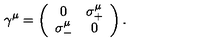
\gamma ^ { \mu } = \left( \begin{array} { c c } { 0 } & { \sigma _ { + } ^ { \mu } } \\ { \sigma _ { - } ^ { \mu } } & { 0 } \\ \end{array} \right) .